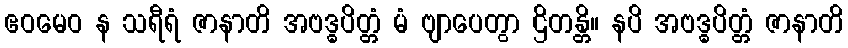
ဧဝမေဝ န သရီရံ ဇာနာတိ အဗဒ္ဓပိတ္တံ မံ ဗျာပေတွာ ဌိတန္တိ။ နပိ အဗဒ္ဓပိတ္တံ ဇာနာတိ